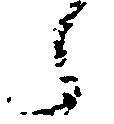
々